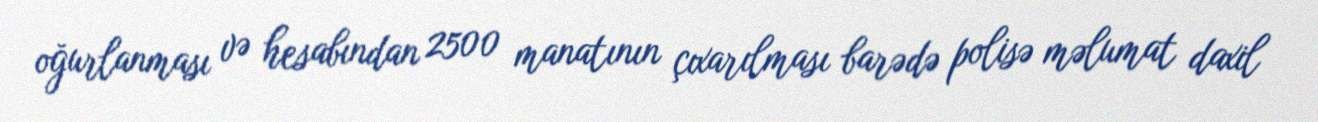
oğurlanması və hesabından 2500 manatının çıxarılması barədə polisə məlumat daxil